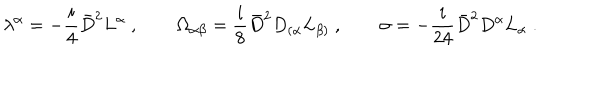
\lambda ^ { \alpha } = - \frac { i } { 4 } { \bar { D } } ^ { 2 } L ^ { \alpha } \ , \qquad \Omega _ { \alpha \beta } = \frac { i } { 8 } { \bar { D } } ^ { 2 } D _ { ( \alpha } L _ { \beta ) } \ , \qquad \sigma = - \frac { i } { 2 4 } { \bar { D } } ^ { 2 } D ^ { \alpha } L _ { \alpha } \ .